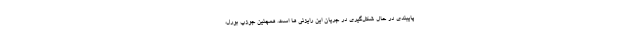
پایبندی در حال شکل‌گیری در جریان این رایزنی ها است. همچنین جوزپ بورل،